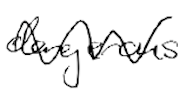
Text: dangerous
Cross-out: wave
Writing tool: digital_black